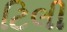
ટિલી